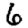
Digit: 6